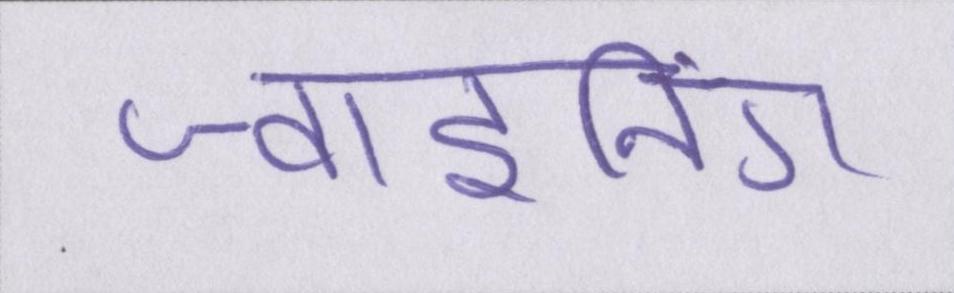
ज्वाइनिंग